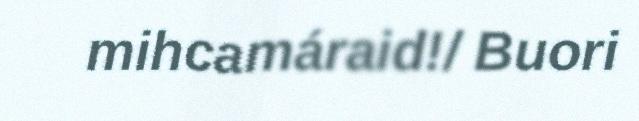
mihcamáraid!/ Buori